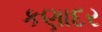
કણાદર